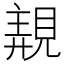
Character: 𧡗